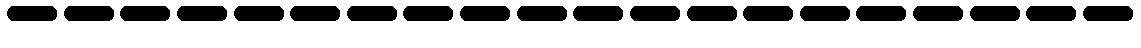
--------------------